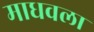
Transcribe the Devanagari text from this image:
माधवला